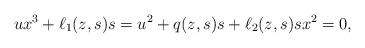
LaTeX: \begin{align*}u x^3 + \ell_1 (z,s) s = u^2 + q (z,s) s + \ell_2 (z,s) s x^2 = 0,\end{align*}